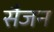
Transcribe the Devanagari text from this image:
सैजन